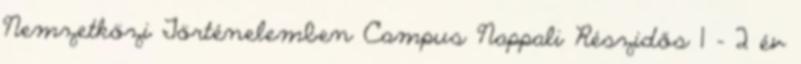
Nemzetközi Történelemben Campus Nappali Részidős 1 - 2 év